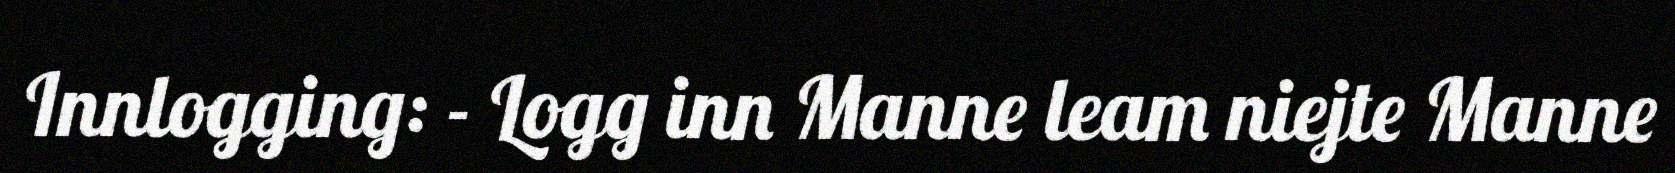
Innlogging: - Logg inn Manne leam niejte Manne